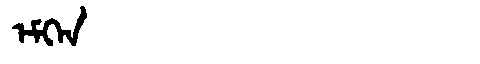
Manchu: ᡝᠮᡴᡝᠨ
Romanization: EMKEN